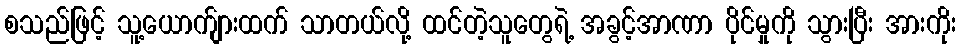
စသည်ဖြင့် သူ့ယောက်ျားထက် သာတယ်လို့ ထင်တဲ့သူတွေရဲ့ အခွင့်အာဏာ ပိုင်မှုကို သွားပြီး အားကိုး